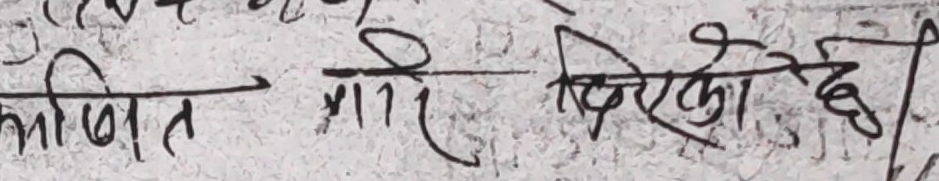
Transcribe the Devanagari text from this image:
मिलित गरे दिएको छ